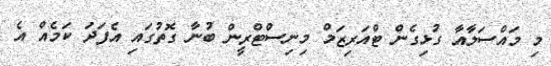
މި މައްސަލާއާ ގުޅިގެން ޓްއަރިޒަމް މިނިސްޓްރީން ބުނާ ގޮތުގައި އެފަދަ ކަމެއް އެ